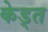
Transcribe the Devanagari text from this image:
केड्त